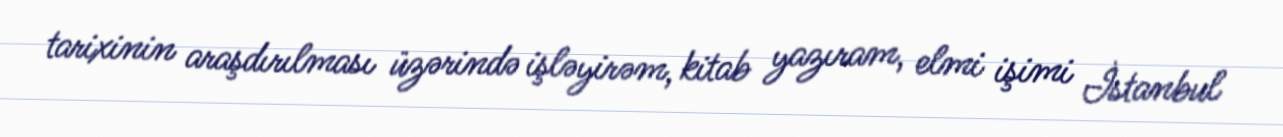
tarixinin araşdırılması üzərində işləyirəm, kitab yazıram, elmi işimi İstanbul